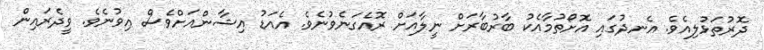
ދޮރުތަޅުލިއެވެ. އެނދުގައި އޮށޯތުމާއެކު ބާރުބާރަށް ނީލާއަށް ރޮއެގަނެވުނެވެ. އެއަޑު އިޝާންއަށްވެސް އިވުނެވެ. ވީދެރައިން